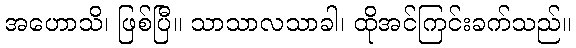
အဟောသိ၊ ဖြစ်ပြီ။ သာသာလသာခါ၊ ထိုအင်ကြင်းခက်သည်။